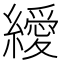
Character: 𦆔